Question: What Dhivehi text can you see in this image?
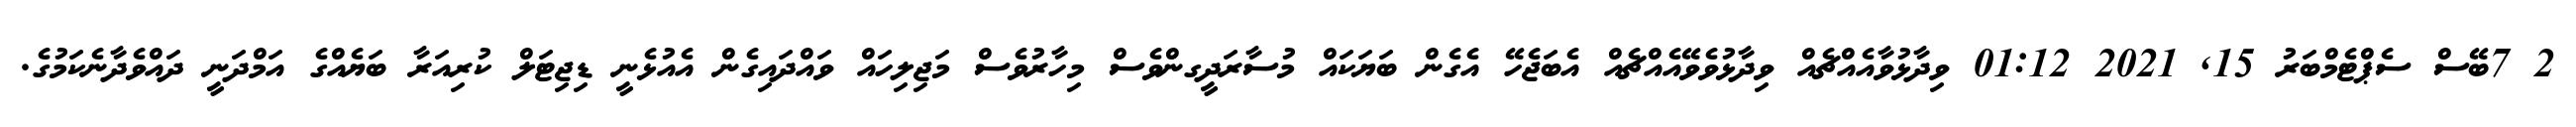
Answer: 2 7ބޭސް ސެޕްޓެމްބަރު 15, 2021 01:12 ވިދާޅުވާއެއްޗެއް ވިދާޅުވެވޭއެއްޗެއް އެބަޖެހޭ އެގެން ބަޔަކައް މުސާރަދީގންވެސް މިހާރުވެސް މަޖިލިހައް ވައްދައިގެން އެއުޅެނީ ޑިޖިޓަލް ކުރިއަރާ ބަޔެއްގެ އަމްދަނީ ދައްވެދާނެކަމުގެ.